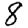
Digit: 8